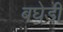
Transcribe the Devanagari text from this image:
बघेडी